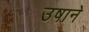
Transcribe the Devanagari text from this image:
उषाने